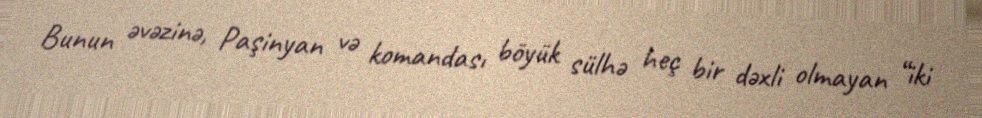
Bunun əvəzinə, Paşinyan və komandası böyük sülhə heç bir dəxli olmayan “iki